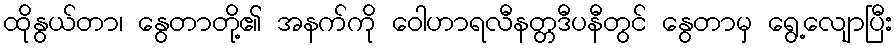
ထိုနွယ်တာ၊ နွေတာတို့၏ အနက်ကို ဝေါဟာရလီနတ္တဒီပနီတွင် နွေတာမှ ရွေ့လျောပြီး